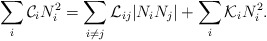
\begin{align*}\sum_i {\cal C}_i N_i^2 = \sum_{i\neq j}{\cal L}_{ij}|N_iN_j| + \sum_i {\cal K}_i N_i^2.\end{align*}